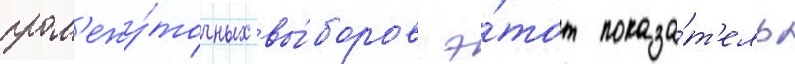
пром'ежу́точных вы́боров э́тот показа́т'ель